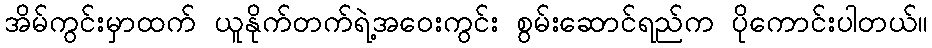
အိမ်ကွင်းမှာထက် ယူနိုက်တက်ရဲ့အဝေးကွင်း စွမ်းဆောင်ရည်က ပိုကောင်းပါတယ်။